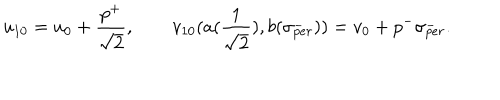
LaTeX: u _ { 1 0 } = u _ { 0 } + { { \frac { p ^ { + } } { \sqrt { 2 } } } } , \qquad v _ { 1 0 } ( a ( { \frac 1 { \sqrt { 2 } } } ) , b ( \sigma _ { p e r } ^ { - } ) ) = v _ { 0 } + p ^ { - } \sigma _ { p e r } ^ { - } .